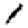
Digit: 1